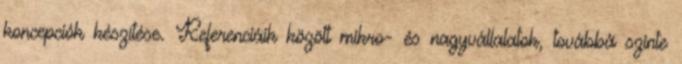
koncepciók készítése. Referenciáik között mikro- és nagyvállalatok, továbbá szinte